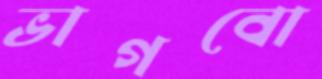
ভাগবো